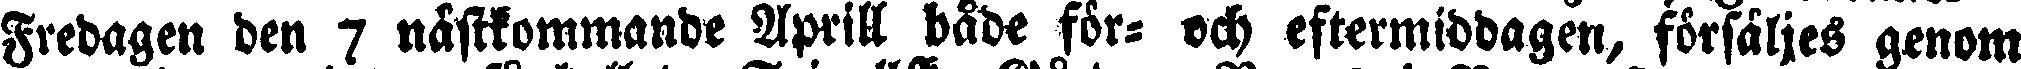
Fredagen den 7 nästkommande Aprill både för- och eftermiddagen, fölsäljes genom